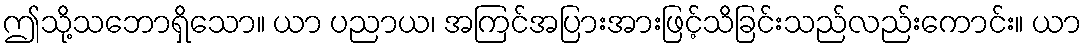
ဤသို့သဘောရှိသော။ ယာ ပညာယ၊ အကြင်အပြားအားဖြင့်သိခြင်းသည်လည်းကောင်း။ ယာ